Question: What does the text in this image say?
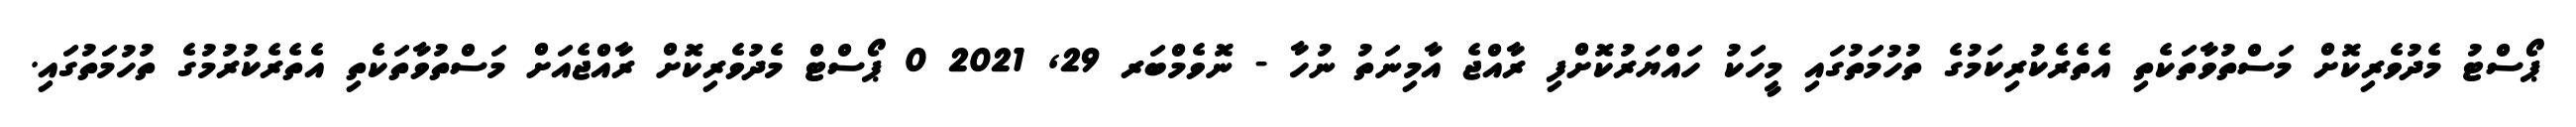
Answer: ޕޯސްޓު މެދުވެރިކޮށް މަސްތުވާތަކެތި އެތެރެކުރިކަމުގެ ތުހުމަތުގައި މީހަކު ހައްޔަރުކޮށްފި ރާއްޖެ އާމިނަތު ނުހާ - ނޮވެމްބަރ 29, 2021 0 ޕޯސްޓް މެދުވެރިކޮށް ރާއްޖެއަށް މަސްތުވާތަކެތި އެތެރެކުރުމުގެ ތުހުމަތުގައި.